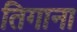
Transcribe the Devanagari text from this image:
तिगाना